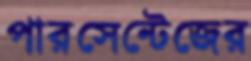
পারসেন্টেজের